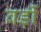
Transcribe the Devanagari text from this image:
बड़ीं